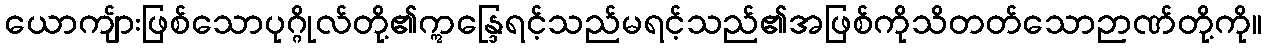
ယောကျ်ားဖြစ်သောပုဂ္ဂိုလ်တို့၏ဣန္ဒြေရင့်သည်မရင့်သည်၏အဖြစ်ကိုသိတတ်သောဉာဏ်တို့ကို။